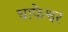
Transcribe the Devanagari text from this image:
चाफेश्वर